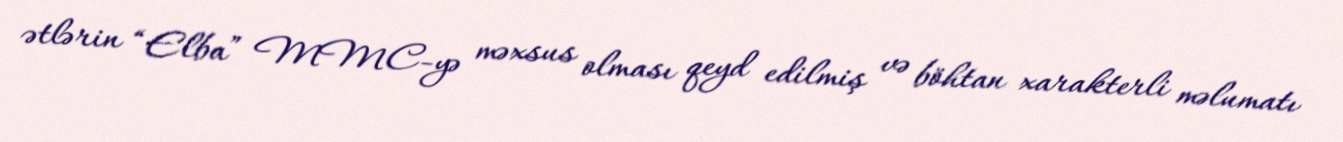
ətlərin “Elba” MMC-yə məxsus olması qeyd edilmiş və böhtan xarakterli məlumatı